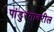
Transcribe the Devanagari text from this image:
पांडुरंगावरील